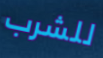
للشرب